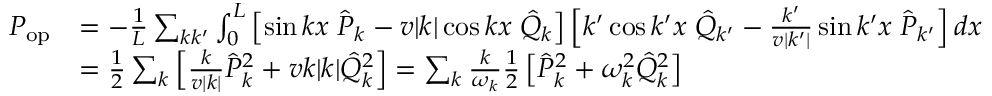
\begin{array} { r l } { P _ { \mathrm { o p } } } & { = - \frac { 1 } { L } \sum _ { k k ^ { \prime } } \int _ { 0 } ^ { L } \left[ \sin k x \; \hat { P } _ { k } - v | k | \cos k x \; \hat { Q } _ { k } \right] \left[ k ^ { \prime } \cos k ^ { \prime } x \; \hat { Q } _ { k ^ { \prime } } - \frac { k ^ { \prime } } { v | k ^ { \prime } | } \sin k ^ { \prime } x \; \hat { P } _ { k ^ { \prime } } \right] d x } \\ & { = \frac { 1 } { 2 } \sum _ { k } \left[ \frac { k } { v | k | } \hat { P } _ { k } ^ { 2 } + v k | k | \hat { Q } _ { k } ^ { 2 } \right] = \sum _ { k } \frac { k } { \omega _ { k } } \frac { 1 } { 2 } \left[ \hat { P } _ { k } ^ { 2 } + \omega _ { k } ^ { 2 } \hat { Q } _ { k } ^ { 2 } \right] } \end{array}